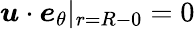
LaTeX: \boldsymbol{u}\cdot\boldsymbol{e}_{\theta}|_{r=R-0}=0